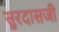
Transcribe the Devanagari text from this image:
सुरदासजी